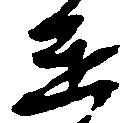
進